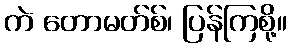
ကဲ တောမတ်စ်၊ ပြန်ကြစို့။